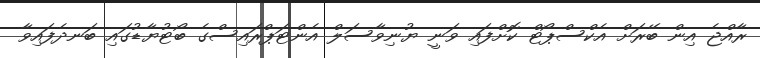
ރާއްޖެ އިން ބޭރަށް އެކްސްޕޯޓް ކޮށްފައި ވަނީ ޔުނިވާސަލް އެންޓަޕްރައިސްގެ ބޯޓުޔާޑުގައި ބަނދެފައިވާ